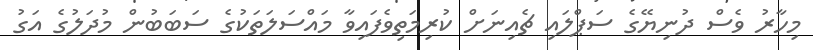
މިހާރު ވެސް ދުނިޔޭގެ ސަޕްލައި ޗެއިނަށް ކުރިމަތިވެފައިވާ މައްސަލަތަކުގެ ސަބަބުން މުދަލުގެ އަގު